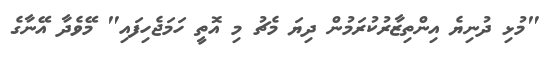
"މުޅި ދުނިޔެ އިންތިޒާރުކުރަމުން ދިޔަ މެޗު މި އޮތީ ހަމަޖެހިފައި" މޭވެދާ އޭނާގެ